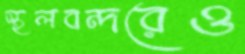
স্থলবন্দরেও